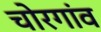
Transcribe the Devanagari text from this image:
चोरगांव